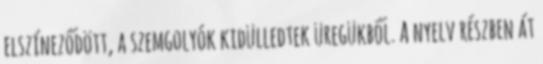
elszíneződött, a szemgolyók kidülledtek üregükből. A nyelv részben át